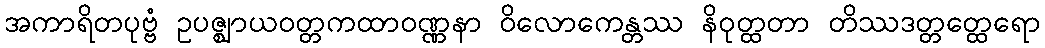
အကာရိတပုဗ္ဗံ ဥပဇ္ဈာယဝတ္တကထာဝဏ္ဏနာ ဝိလောကေန္တဿ နိဝုတ္ထတာ တိဿဒတ္တတ္ထေရော